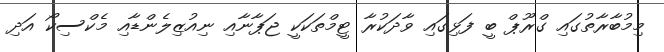
މިމުބާރާތުގައި ގްރޫޕް ބީ ފަޅިގައި ވާދަކުރާ ޓީމްތަކަކީ ޖަޕާނާއި ނިއުޒިލެންޑާއި މެކްސިކޯ އަދި